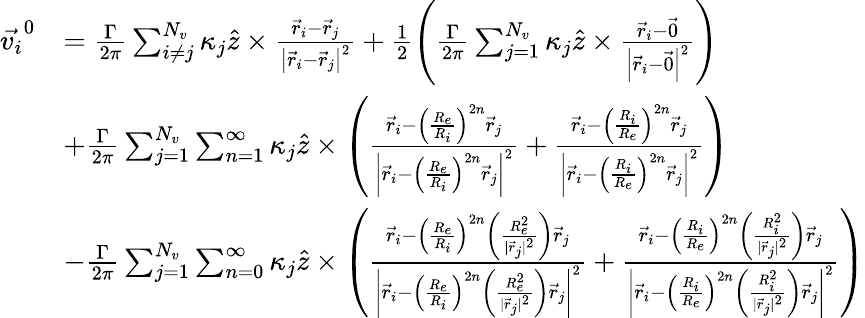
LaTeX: \begin{array}{rl}{\vec{v_{i}}^{0}}&{=\frac{\Gamma}{2\pi}\sum_{i\neq j}^{N_{v}}\kappa_{j}\hat{z}\times\frac{\vec{r}_{i}-\vec{r}_{j}}{\left|\vec{r}_{i}-\vec{r}_{j}\right|^{2}}+\frac{1}{2}\left(\frac{\Gamma}{2\pi}\sum_{j=1}^{N_{v}}\kappa_{j}\hat{z}\times\frac{\vec{r}_{i}-\vec{0}}{\left|\vec{r}_{i}-\vec{0}\right|^{2}}\right)}\\ &{+\frac{\Gamma}{2\pi}\sum_{j=1}^{N_{v}}\sum_{n=1}^{\infty}\kappa_{j}\hat{z}\times\left(\frac{\vec{r}_{i}-\left(\frac{R_{e}}{R_{i}}\right)^{2n}\vec{r}_{j}}{\left|\vec{r}_{i}-\left(\frac{R_{e}}{R_{i}}\right)^{2n}\vec{r}_{j}\right|^{2}}+\frac{\vec{r}_{i}-\left(\frac{R_{i}}{R_{e}}\right)^{2n}\vec{r}_{j}}{\left|\vec{r}_{i}-\left(\frac{R_{i}}{R_{e}}\right)^{2n}\vec{r}_{j}\right|^{2}}\right)}\\ &{-\frac{\Gamma}{2\pi}\sum_{j=1}^{N_{v}}\sum_{n=0}^{\infty}\kappa_{j}\hat{z}\times\left(\frac{\vec{r}_{i}-\left(\frac{R_{e}}{R_{i}}\right)^{2n}\left(\frac{R_{e}^{2}}{|\vec{r}_{j}|^{2}}\right)\vec{r}_{j}}{\left|\vec{r}_{i}-\left(\frac{R_{e}}{R_{i}}\right)^{2n}\left(\frac{R_{e}^{2}}{|\vec{r}_{j}|^{2}}\right)\vec{r}_{j}\right|^{2}}+\frac{\vec{r}_{i}-\left(\frac{R_{i}}{R_{e}}\right)^{2n}\left(\frac{R_{i}^{2}}{|\vec{r}_{j}|^{2}}\right)\vec{r}_{j}}{\left|\vec{r}_{i}-\left(\frac{R_{i}}{R_{e}}\right)^{2n}\left(\frac{R_{i}^{2}}{|\vec{r}_{j}|^{2}}\right)\vec{r}_{j}\right|^{2}}\right)}\end{array}